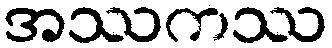
အဿကဿ